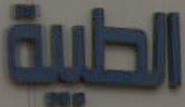
الطبية